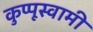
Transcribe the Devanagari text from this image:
कुप्पूस्वामी